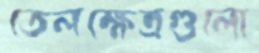
তেলক্ষেত্রগুলো